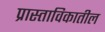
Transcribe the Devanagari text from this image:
प्रास्ताविकातील